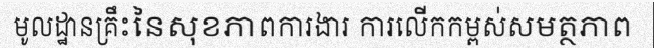
មូលដ្ឋានគ្រឹះនៃសុខភាពការងារ ការលើកកម្ពស់សមត្ថភាព